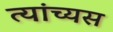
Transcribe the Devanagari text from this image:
त्यांच्यस